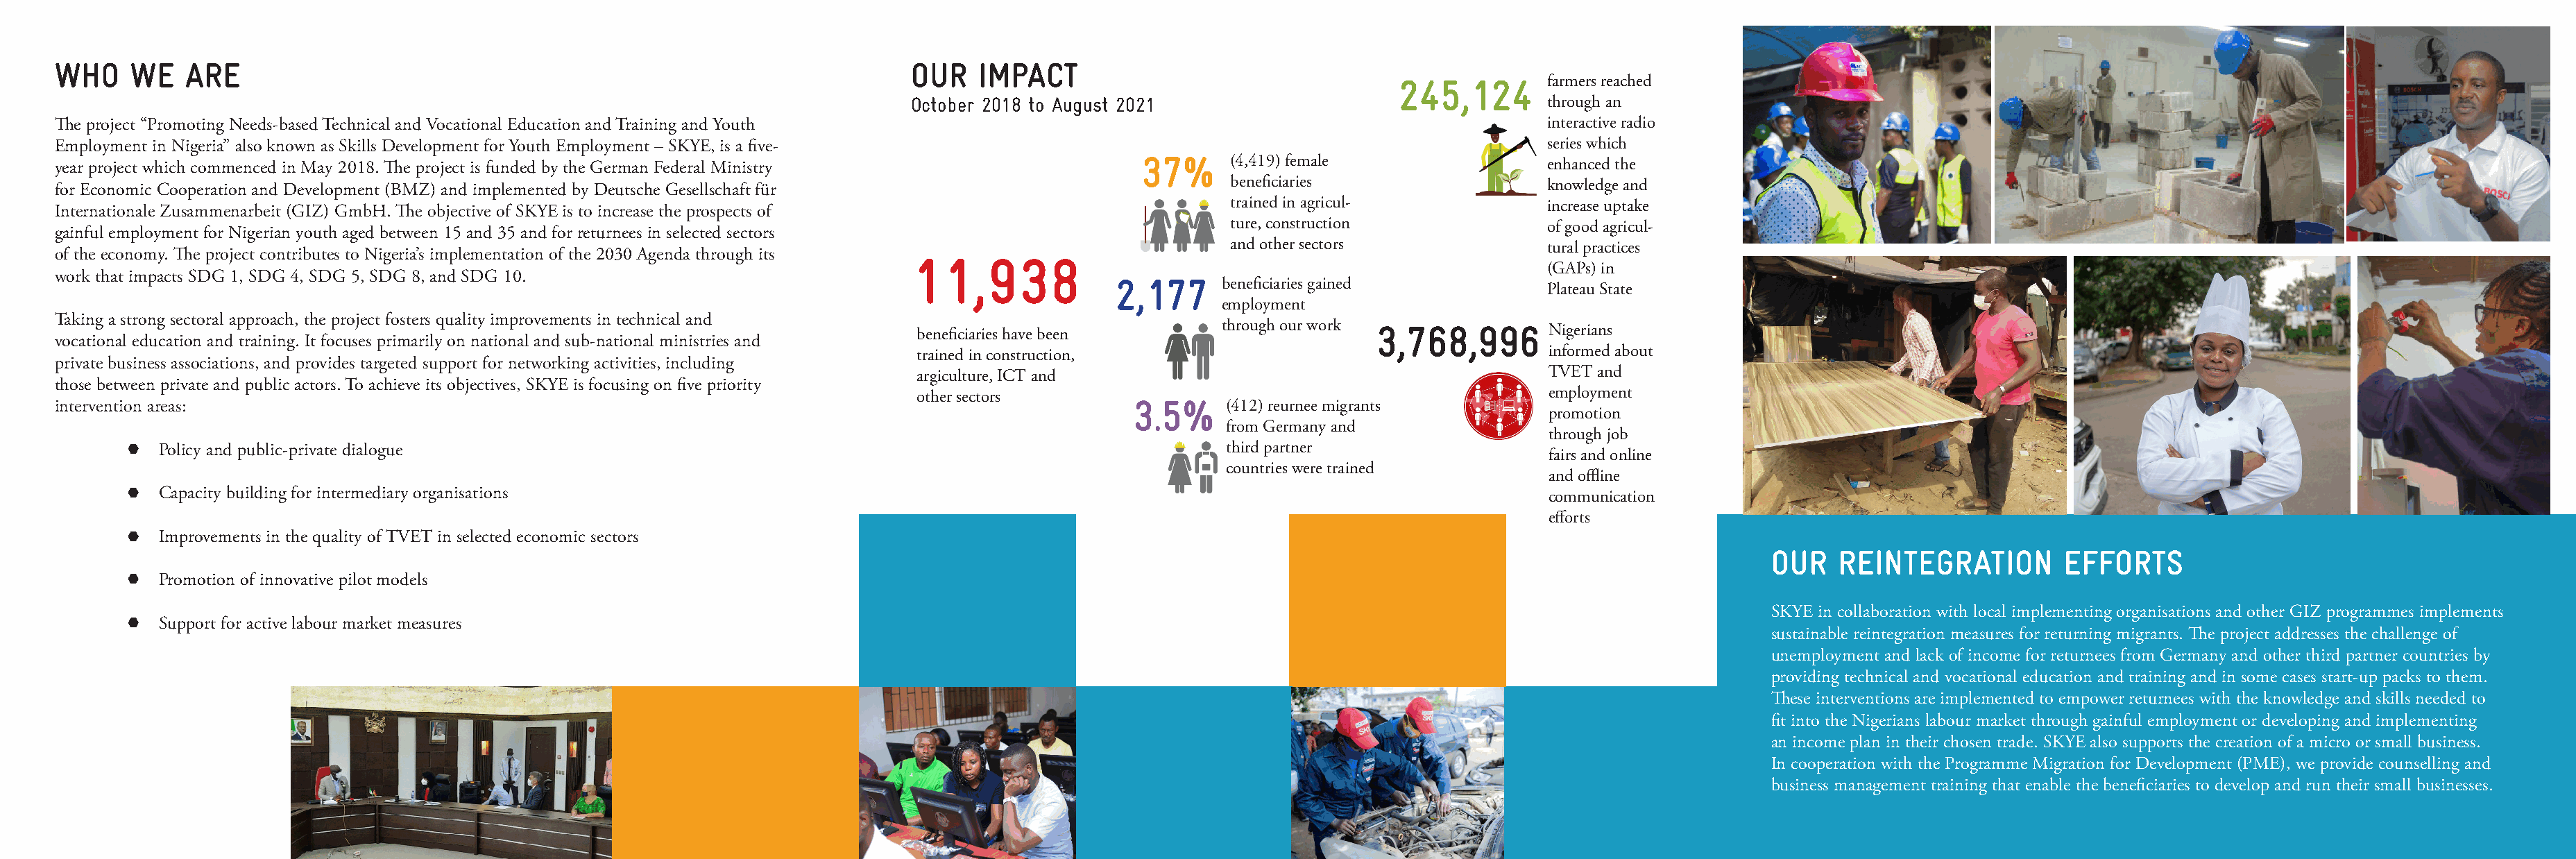
WHO    WE    ARE                                                                  OUR   IMPACT
 245,124        farmers reached
 October 2018 to August 2021                                  through an
 The project “Promoting Needs-based Technical and Vocational Education and Training and Youth                                                   interactive radio
 Employment in Nigeria” also known as Skills Development for Youth Employment – SKYE, is a five-                                                series which
 year project which commenced in May 2018. The project is funded by the German Federal Ministry          37%     (4,419) female                 enhanced the
 for Economic Cooperation and Development (BMZ) and implemented by Deutsche Gesellschaft für                     beneficiaries                  knowledge and
 trained in agricul-            increase uptake
 Internationale Zusammenarbeit (GIZ) GmbH. The objective of SKYE is to increase the prospects of
 ture, construction             of good agricul-
 gainful employment for Nigerian youth aged between 15 and 35 and for returnees in selected sectors
 and other sectors              tural practices
 of the economy. The project contributes to Nigeria’s implementation of the 2030 Agenda through its
 11,938
 (GAPs) in
 work that impacts SDG 1, SDG 4, SDG 5, SDG 8, and SDG 10.
 2,177      beneficiaries gained
 Plateau State
 employment
 Taking a strong sectoral approach, the project fosters quality improvements in technical and
 beneficiaries have been       through our work 3,768,996     Nigerians
 vocational education and training. It focuses primarily on national and sub-national ministries and
 trained in construction,                                     informed about
 private business associations, and provides targeted support for networking activities, including
 argiculture, ICT and                                         TVET and
 those between private and public actors. To achieve its objectives, SKYE is focusing on five priority
 other sectors                                                employment
 intervention areas:                                                                                    3.5%     (412) reurnee migrants
 promotion
 from Germany and
 through job
 Policy and public-private dialogue                                                                    third partner
 fairs and online
 countries were trained
 and offline
 Capacity building for intermediary organisations                                                                                     communication
 efforts
 Improvements in the quality of TVET in selected economic sectors
 OUR   REINTEGRATION         EFFORTS
 Promotion of innovative pilot models
 SKYE in collaboration with local implementing organisations and other GIZ programmes implements
 Support for active labour market measures
 sustainable reintegration measures for returning migrants. The project addresses the challenge of
 unemployment and lack of income for returnees from Germany and other third partner countries by
 providing technical and vocational education and training and in some cases start-up packs to them.
 These interventions are implemented to empower returnees with the knowledge and skills needed to
 fit into the Nigerians labour market through gainful employment or developing and implementing
 an income plan in their chosen trade. SKYE also supports the creation of a micro or small business.
 In cooperation with the Programme Migration for Development (PME), we provide counselling and
 business management training that enable the beneficiaries to develop and run their small businesses.